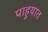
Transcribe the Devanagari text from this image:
पाहुयात